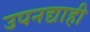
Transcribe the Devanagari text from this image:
उपनद्याही